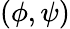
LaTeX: (\phi,\psi)